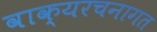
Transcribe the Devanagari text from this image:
वाक्यरचनागत